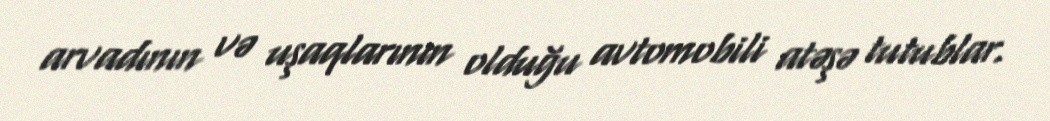
arvadının və uşaqlarının olduğu avtomobili atəşə tutublar.